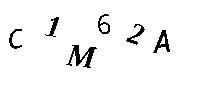
C1M62A